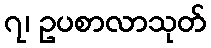
၇၊ ဥပစာလာသုတ်